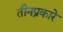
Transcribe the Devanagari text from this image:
तीनप्रकारे